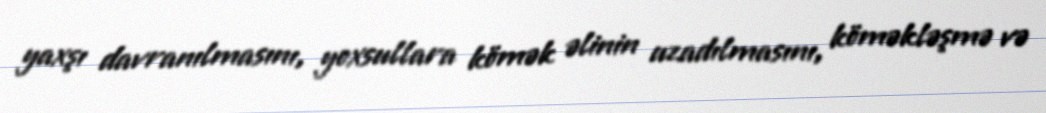
yaxşı davranılmasını, yoxsullara kömək əlinin uzadılmasını, köməkləşmə və